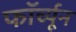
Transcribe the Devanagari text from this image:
फॉर्च्‍यून